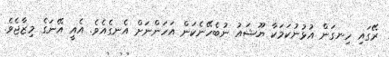
ރޭގައި ހިނގަން އުޅުނުކަމަކާ ޔޫޝައު ނުބެހޭނެކަން އަހަންނަށް އެނގެއެވެ. އެއީ އޭނަގެ މިޒާޖެވެ.